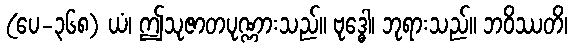
(ပေ-၃၆၈) ယံ၊ ဤသုဇာတပုဏ္ဏားသည်။ ဗုဒ္ဓေါ၊ ဘုရားသည်။ ဘဝိဿတိ၊